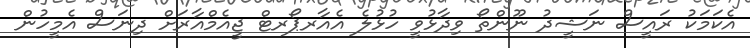
އެކަމަކު ރައީސް ނަޝީދު ނޫންތޯ ވިދާޅުވީ ހުޅުލެ އެއާރޕޯރޓް ޖީއެމްއާރަށް ދިނަސް އެމީހުން